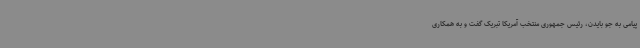
پیامی به جو بایدن، رئیس جمهوری منتخب آمریکا تبریک گفت و به همکاری